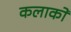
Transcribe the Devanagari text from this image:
कलाकों